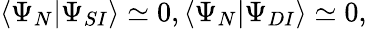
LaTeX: \langle\Psi_{N}|\Psi_{SI}\rangle\simeq 0,\langle\Psi_{N}|\Psi_{DI}\rangle\simeq 0,